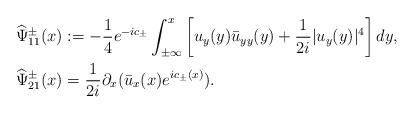
LaTeX: \begin{align*}&\widehat{\Psi}^\pm_{11}(x):=-\frac{1}{4}e^{-ic_\pm} \int_{\pm \infty}^{x}\left[u_y(y) \bar{u}_{yy}(y)+\frac{1}{2i}|u_y(y)|^4\right] dy,\\&\widehat{\Psi}^\pm_{21}(x)=\frac{1}{2i} \partial_{x}(\bar{u}_{x}(x)e^{ic_\pm(x)}).\end{align*}